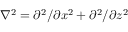
\nabla ^ { 2 } = \partial ^ { 2 } / \partial x ^ { 2 } + \partial ^ { 2 } / \partial z ^ { 2 }